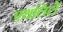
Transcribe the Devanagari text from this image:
एथलिटों